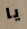
يا